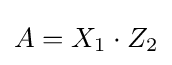
A=X_{1}\cdot Z_{2}